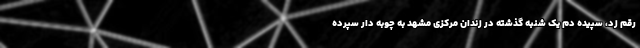
رقم زد، سپیده دم یک شنبه گذشته در زندان مرکزی مشهد به چوبه دار سپرده